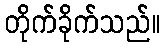
တိုက်ခိုက်သည်။